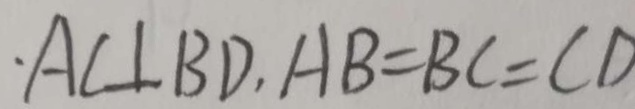
A C \bot B D , A B = B C = C D